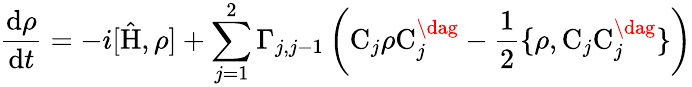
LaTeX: \frac{\mathrm{d}\rho}{\mathrm{d}t}=-i[\mathrm{\hat{H}},\rho]+\sum_{j=1}^{2}\Gamma_{j,j-1}\left(\mathrm{C}_{j}\rho\mathrm{C}_{j}^{\dag}-\frac{1}{2}\{ \rho,\mathrm{C}_{j}\mathrm{C}_{j}^{\dag}\} \right)